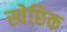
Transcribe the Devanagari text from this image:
स्वेछिक